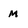
Character: M